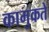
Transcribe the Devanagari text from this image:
कामुकते